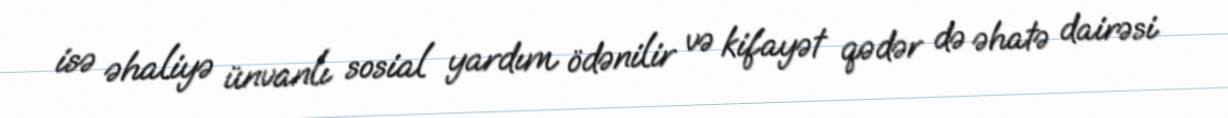
isə əhaliyə ünvanlı sosial yardım ödənilir və kifayət qədər də əhatə dairəsi